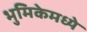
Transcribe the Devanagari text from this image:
भुमिकेमध्ये